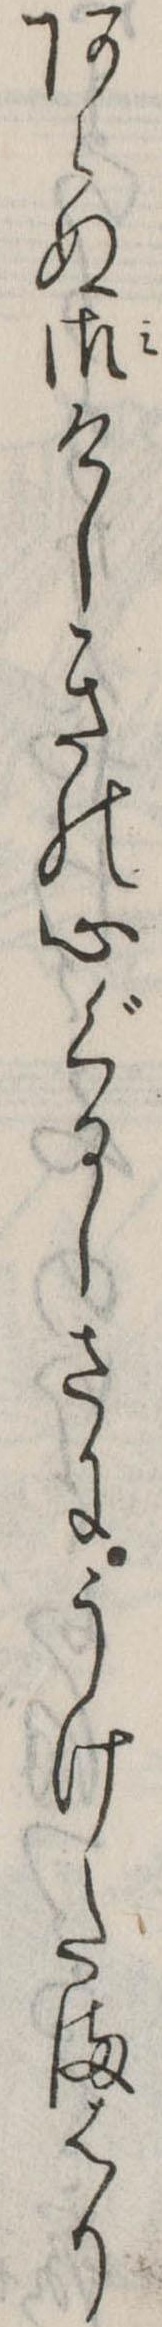
あらぬ御けしきの心ぐるしさにうけたまはり